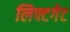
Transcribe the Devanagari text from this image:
लिफ्टगेट